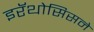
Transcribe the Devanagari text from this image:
इरॅथोसिसने